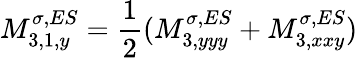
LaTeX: M_{3,1,y}^{\sigma,ES}=\frac{1}{2}(M_{3,yyy}^{\sigma,ES}+M_{3,xxy}^{\sigma,ES})